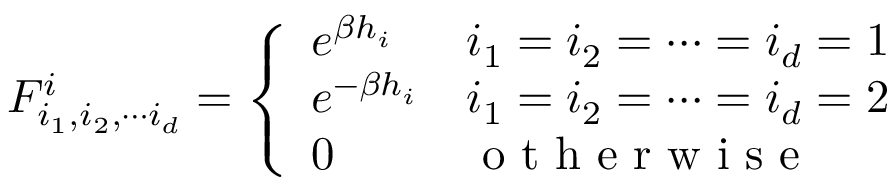
F _ { i _ { 1 } , i _ { 2 } , \cdots i _ { d } } ^ { i } = \left\{ \begin{array} { l l } { e ^ { \beta h _ { i } } } & { i _ { 1 } = i _ { 2 } = \cdots = i _ { d } = 1 } \\ { e ^ { - \beta h _ { i } } } & { i _ { 1 } = i _ { 2 } = \cdots = i _ { d } = 2 } \\ { 0 } & { \mathrm { ~ o ~ t ~ h ~ e ~ r ~ w ~ i ~ s ~ e ~ } } \end{array} \right.